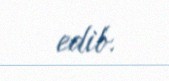
edib.